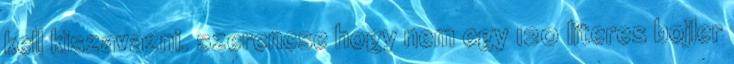
kell kiszavazni. szerencse hogy nem egy 120 literes bojler